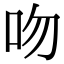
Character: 吻